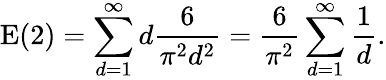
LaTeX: \mathrm{E}(\mathrm{2})=\sum_{d=1}^{\infty}d{\frac{6}{\pi^{2}d^{2}}}={\frac{6}{\pi^{2}}}\sum_{d=1}^{\infty}{\frac{1}{d}}.